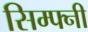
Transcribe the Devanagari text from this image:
सिम्फ्नी